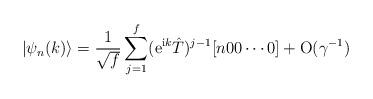
LaTeX: \begin{align*}|\psi_n(k)\rangle = { 1 \over \sqrt{f}}\sum_{j=1}\sp {f} ({\rm e}\sp{{\rm i}k}\hat T)\sp {j-1}[n00\cdots0] + {\rm O}(\gamma\sp {-1}) \end{align*}